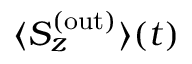
{ \langle S _ { z } ^ { \mathrm { ( \mathrm { o u t } ) } } \rangle ( t ) }